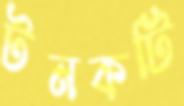
টনকটি